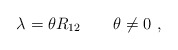
\begin{align*} \lambda = \theta R_{12}\qquad \theta \neq 0~,\end{align*}